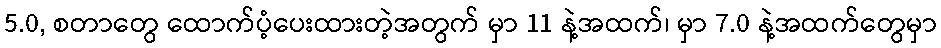
5.0, စတာတွေ ထောက်ပံ့ပေးထားတဲ့အတွက် မှာ 11 နဲ့အထက်၊ မှာ 7.0 နဲ့အထက်တွေမှာ